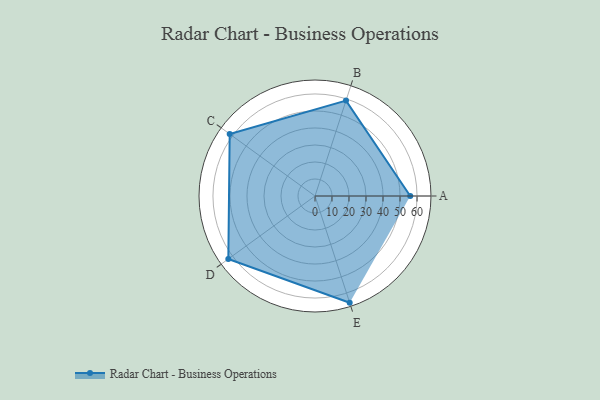
{"axis": {"x": "Skill", "y": "Score"}, "legend": ["Profile"], "data": [{"x": "A", "y": 56.0, "type": "Profile"}, {"x": "B", "y": 59.0, "type": "Profile"}, {"x": "C", "y": 62.0, "type": "Profile"}, {"x": "D", "y": 63.0, "type": "Profile"}, {"x": "E", "y": 66.0, "type": "Profile"}]}